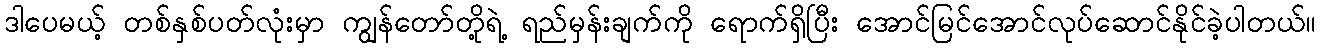
ဒါပေမယ့် တစ်နှစ်ပတ်လုံးမှာ ကျွန်တော်တို့ရဲ့ ရည်မှန်းချက်ကို ရောက်ရှိပြီး အောင်မြင်အောင်လုပ်ဆောင်နိုင်ခဲ့ပါတယ်။